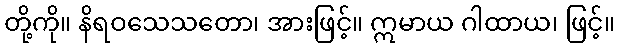
တို့ကို။ နိရဝသေသတော၊ အားဖြင့်။ ဣမာယ ဂါထာယ၊ ဖြင့်။